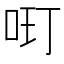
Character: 𱒘